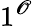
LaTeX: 1^{\mathscr{O}}